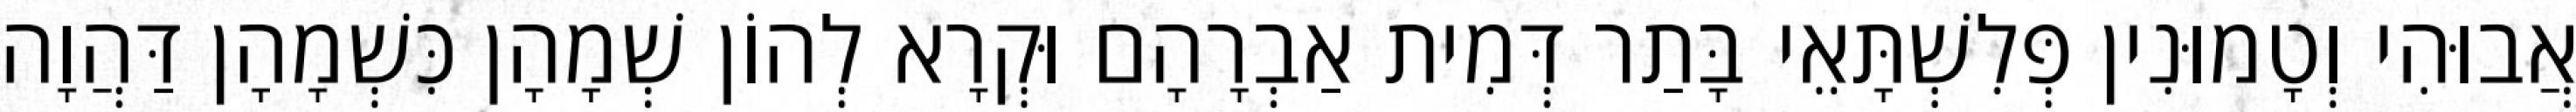
אֲבוּהִי וְטָמוּנִין פְּלִשְׁתָּאֵי בָּתַר דְּמִית אַבְרָהָם וּקְרָא לְהוֹן שְׁמָהָן כִּשְׁמָהָן דַּהֲוָה